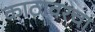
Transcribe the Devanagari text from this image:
काठावरचा